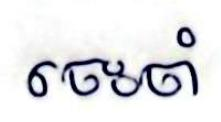
ចេះចាំ